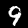
Digit: 9